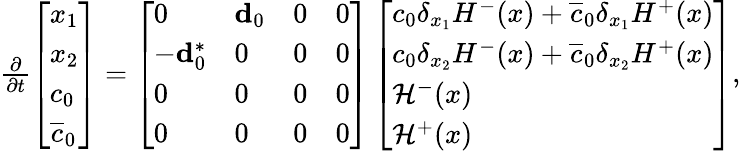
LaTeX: \begin{array}{r}{\frac{\partial}{\partial t}\left[\begin{array}{l}{x_{1}}\\ {x_{2}}\\ {c_{0}}\\ {\overline{{c}}_{0}}\end{array}\right]=\left[\begin{array}{llll}{0}&{\mathbf{d}_{0}}&{0}&{0}\\ {-\mathbf{d}_{0}^{\ast}}&{0}&{0}&{0}\\ {0}&{0}&{0}&{0}\\ {0}&{0}&{0}&{0}\end{array}\right]\left[\begin{array}{l}{c_{0}\delta_{x_{1}}H^{-}(x)+\overline{{c}}_{0}\delta_{x_{1}}H^{+}(x)}\\ {c_{0}\delta_{x_{2}}H^{-}(x)+\overline{{c}}_{0}\delta_{x_{2}}H^{+}(x)}\\ {\mathcal{H}^{-}(x)}\\ {\mathcal{H}^{+}(x)}\end{array}\right],}\end{array}